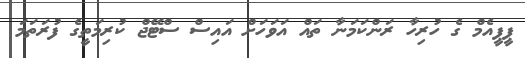
ޕީޕީއެމް ގެ ހުރިހާ ރަންކަމަނާ ތައް އަވަހަށް އައިސް ސްޓޭޖް ކުރިމަތީގެ ފުރަތަމަ